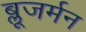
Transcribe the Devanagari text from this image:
ब्लूजर्मन